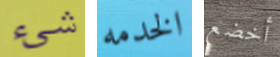
شيء الخدمه أخضع